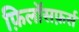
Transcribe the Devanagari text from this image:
फ़िलॉसफ़र्स